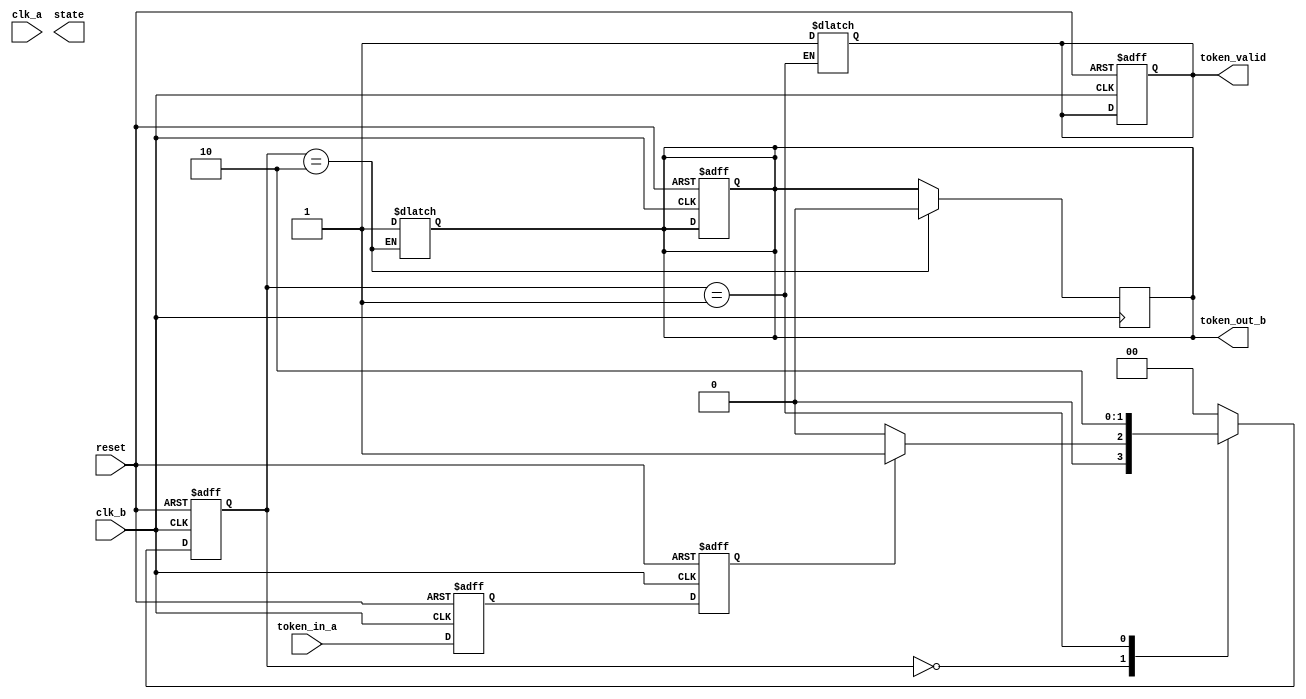
module TokenRingSynchronizer (
    input wire clk_a,          // Clock for domain A
    input wire clk_b,          // Clock for domain B
    input wire reset,          // Global reset
    input wire token_in_a,     // Token input from domain A
    output reg token_out_b,    // Token output to domain B
    output reg token_valid,     // Indicates valid token
    output reg [1:0] state     // State of the FSM
);

// State encoding
localparam IDLE         = 2'b00;
localparam TOKEN_RECEIVED = 2'b01;
localparam TOKEN_TRANSMITTED = 2'b10;

// Synchronization registers
reg token_sync_1, token_sync_2;

// Token storage
reg token_storage;

// FSM state
reg [1:0] current_state, next_state;

// Dual flip-flop synchronization
always @(posedge clk_b or posedge reset) begin
    if (reset) begin
        token_sync_1 <= 1'b0;
        token_sync_2 <= 1'b0;
    end else begin
        token_sync_1 <= token_in_a;
        token_sync_2 <= token_sync_1;
    end
end

// FSM for token management
always @(posedge clk_b or posedge reset) begin
    if (reset) begin
        current_state <= IDLE;
        token_storage <= 1'b0;
        token_out_b <= 1'b0;
        token_valid <= 1'b0;
    end else begin
        current_state <= next_state;
    end
end

// Next state logic
always @(*) begin
    case (current_state)
        IDLE: begin
            if (token_sync_2) begin
                next_state = TOKEN_RECEIVED;
            end else begin
                next_state = IDLE;
            end
        end
        TOKEN_RECEIVED: begin
            token_storage = 1'b1; // Store the token
            token_valid = 1'b1;   // Indicate valid token
            next_state = TOKEN_TRANSMITTED;
        end
        TOKEN_TRANSMITTED: begin
            token_out_b = 1'b1; // Pass the token to the next node
            next_state = IDLE;  // Go back to idle after transmission
        end
        default: begin
            next_state = IDLE;  // Default to idle state
        end
    endcase
end

// Output logic
always @(posedge clk_b) begin
    if (current_state == TOKEN_TRANSMITTED) begin
        token_out_b <= 1'b0; // Clear token output after transmission
    end
end

endmodule